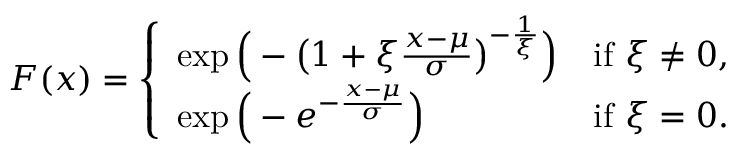
F ( x ) = { \left\{ \begin{array} { l l } { \exp { \Big ( } - { \big ( } 1 + \xi { \frac { x - \mu } { \sigma } } { \big ) } ^ { - { \frac { 1 } { \xi } } } { \Big ) } } & { { \mathrm { i f ~ } } \xi \neq 0 , } \\ { \exp { \Big ( } - e ^ { - { \frac { x - \mu } { \sigma } } } { \Big ) } } & { { \mathrm { i f ~ } } \xi = 0 . } \end{array} \right. }